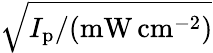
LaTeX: \sqrt{I_{\mathrm{p}}/(\mathrm{mW}\, \mathrm{cm}^{-2})}